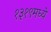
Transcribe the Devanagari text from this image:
१३१९मध्ये